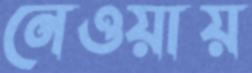
নেওয়ায়